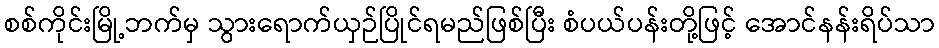
စစ်ကိုင်းမြို့ဘက်မှ သွားရောက်ယှဉ်ပြိုင်ရမည်ဖြစ်ပြီး စံပယ်ပန်းတို့ဖြင့် အောင်နန်းရိပ်သာ